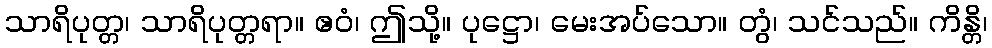
သာရိပုတ္တ၊ သာရိပုတ္တရာ။ ဧဝံ၊ ဤသို့။ ပုဋ္ဌော၊ မေးအပ်သော။ တွံ၊ သင်သည်။ ကိန္တိ၊